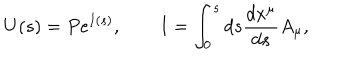
U ( s ) = P e ^ { I ( s ) } , \qquad I = \int _ { 0 } ^ { s } d s \frac { d x ^ { \mu } } { d s } A _ { \mu } ,